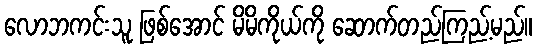
လောဘကင်းသူ ဖြစ်အောင် မိမိကိုယ်ကို ဆောက်တည်ကြည့်မည်။